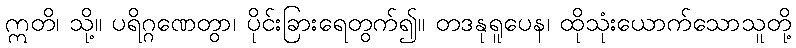
ဣတိ၊ သို့။ ပရိဂ္ဂဏေတွာ၊ ပိုင်းခြားရေတွက်၍။ တဒနုရူပေန၊ ထိုသုံးယောက်သောသူတို့